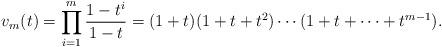
LaTeX: \begin{align*}v_m(t)=\prod_{i=1}^m \frac{1-t^i}{1-t}=(1+t)(1+t+t^2)\cdots (1+t+\cdots+t^{m-1}).\end{align*}